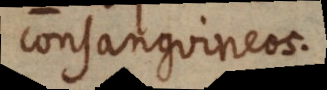
consanguineos.